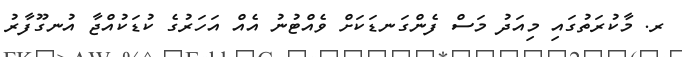
ރ. މާކުރަތުގައި މިއަދު މަސް ފެންގަނޑަކަށް ވެއްޓުނު އެއް އަހަރުގެ ކުޑަކުއްޖާ އުނގޫފާރު